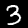
Label: 3